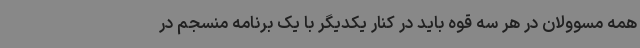
همه مسوولان در هر سه قوه باید در کنار یکدیگر با یک برنامه منسجم در